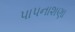
પાપનાશણા